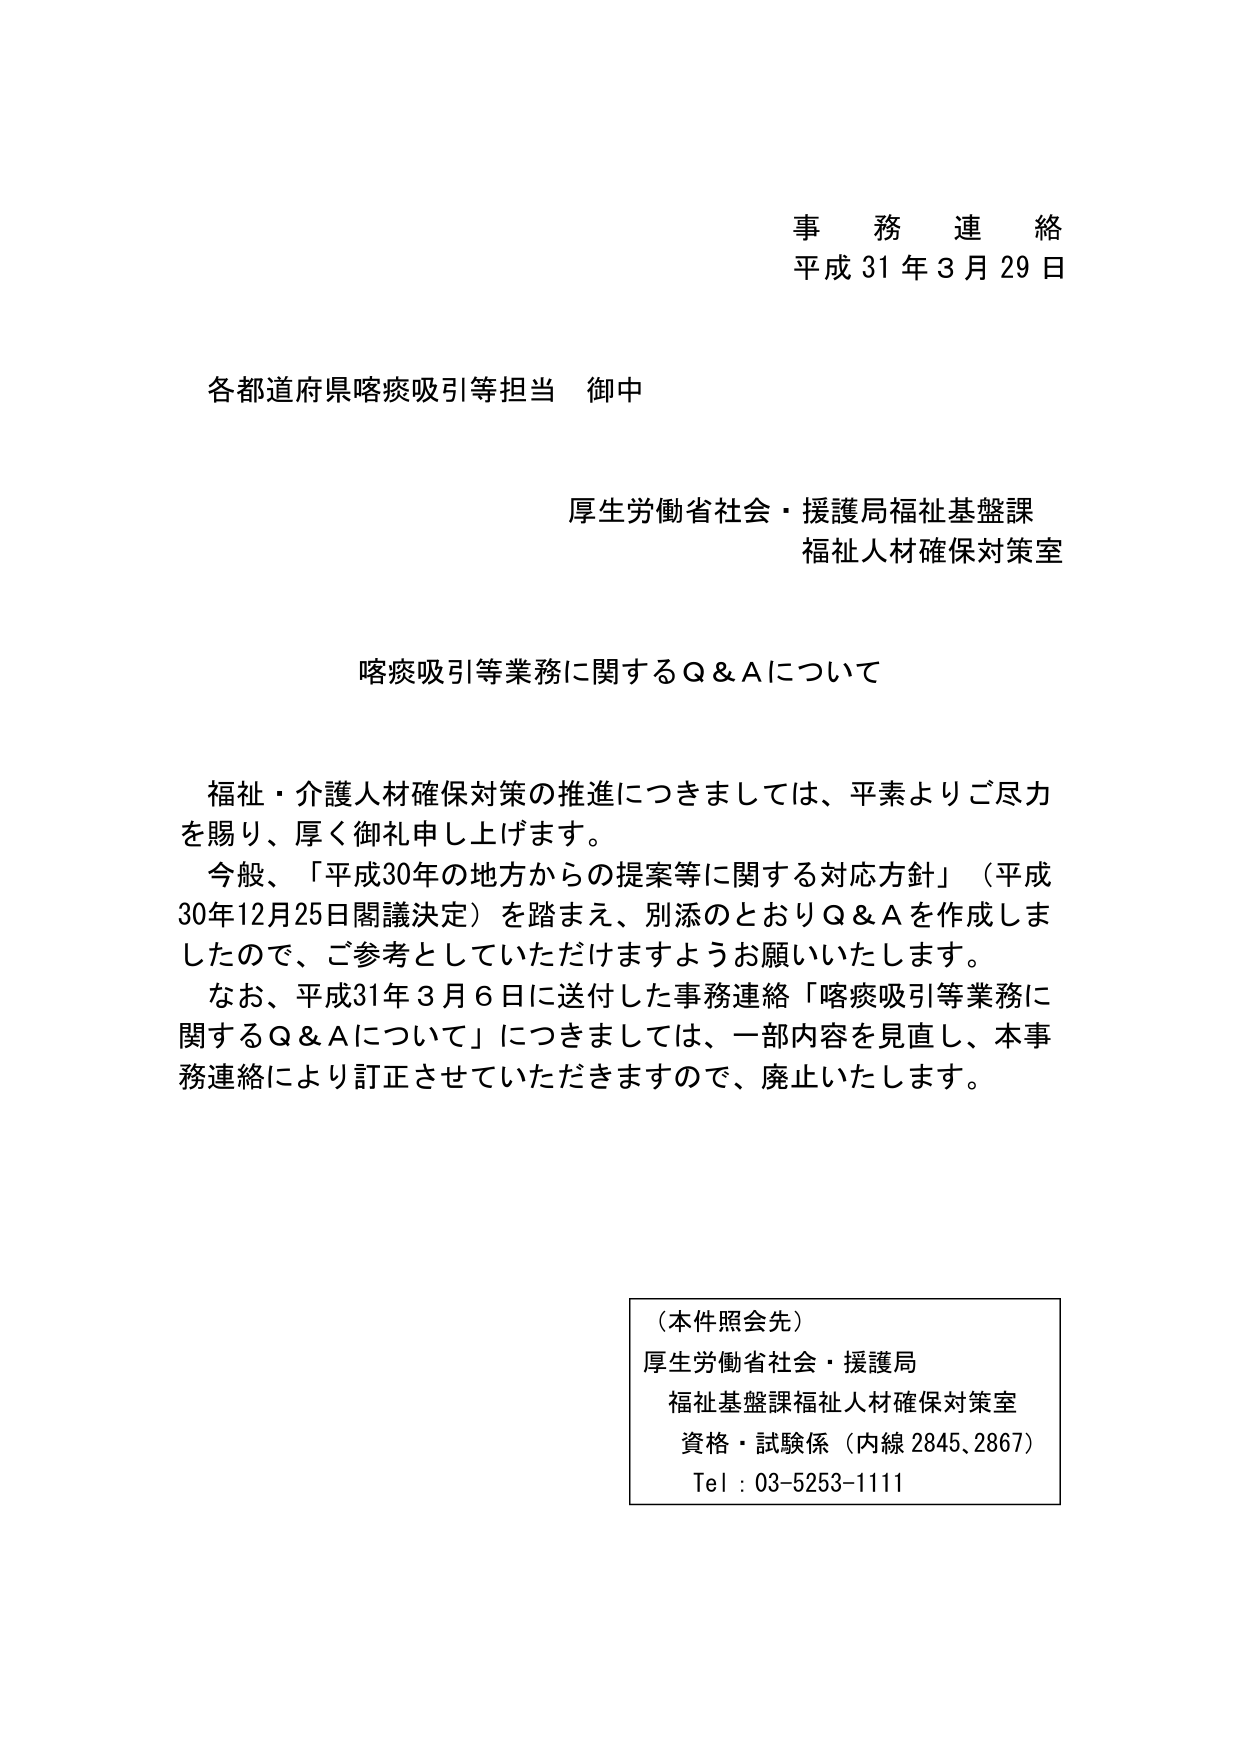
事務連絡
平成31年3月29日

各都道府県喀痰吸引等担当 御中

厚生労働省社会・援護局福祉基盤課
福祉人材確保対策室

喀痰吸引等業務に関するQ＆Aについて

福祉・介護人材確保対策の推進につきましては、平素よりご尽力を賜り、厚く御礼申し上げます。
今般、「平成30年の地方からの提案等に関する対応方針」（平成30年12月25日閣議決定）を踏まえ、別添のとおりQ＆Aを作成しましたので、ご参考にしていただけますようお願いいたします。
なお、平成31年3月6日に送付した事務連絡「喀痰吸引等業務に関するQ＆Aについて」につきましては、一部内容を見直し、本事務連絡により訂正させていただきますので、廃止いたします。

（本件照会先）
厚生労働省社会・援護局
福祉基盤課福祉人材確保対策室
資格・試験係（内線2845、2867）
Tel：03-5253-1111